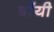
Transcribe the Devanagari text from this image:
बॉंयी